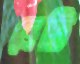
ব্রেটি